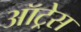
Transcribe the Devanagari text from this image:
ऑट्रेस